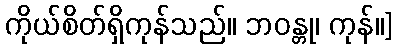
ကိုယ်စိတ်ရှိကုန်သည်။ ဘဝန္တု၊ ကုန်။]